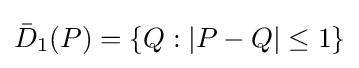
{\bar {D}}_{1}(P)=\{Q:|P-Q|\leq 1\}